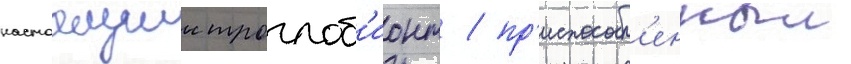
настоащии троглоб'ионт / пр'испособл'енныи